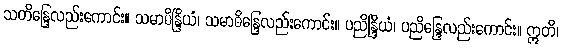
သတိန္ဒြေလည်းကောင်း။ သမာဓိန္ဒြိယံ၊ သမာဓိန္ဒြေလည်းကောင်း။ ပညိန္ဒြိယံ၊ ပညိန္ဒြေလည်းကောင်း။ ဣတိ၊